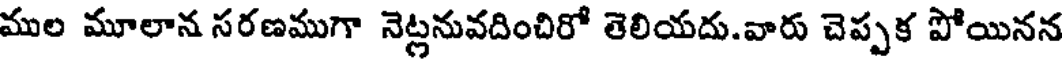
ముల మూలాన సరణముగా నెట్లనువదించిరో తెలియదు.వారు చెప్పక పోయినన